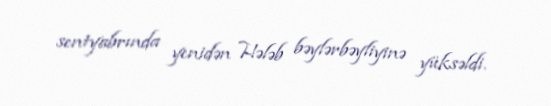
sentyabrında yenidən Hələb bəylərbəyliyinə yüksəldi.